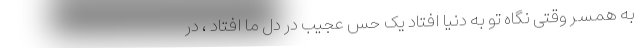
به همسر وقتی نگاه تو به دنیا افتاد یک حس عجیب در دل ما افتاد ، در